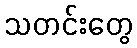
သတင်းတွေ